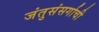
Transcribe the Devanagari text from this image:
जंतुसंसर्गाची